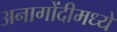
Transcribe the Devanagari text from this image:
अनागोंदीमध्ये